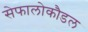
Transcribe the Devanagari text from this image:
सेफालोकौडल